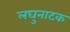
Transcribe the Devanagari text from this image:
लघुनाटक